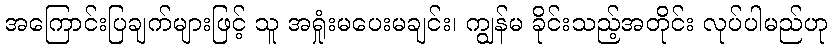
အကြောင်းပြချက်များဖြင့် သူ အရှုံးမပေးမချင်း၊ ကျွန်မ ခိုင်းသည့်အတိုင်း လုပ်ပါမည်ဟု